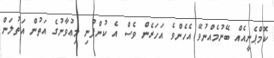
ކޮމްޕެނީއެއް ބޭނުމެއްނުވޭ އެހެންވެ އަހަރެން ވެސް އެ ކުންފުނި މިޢުވާނުގެ އަތުން އަތުލަން